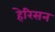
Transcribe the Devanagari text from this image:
हेरिसन